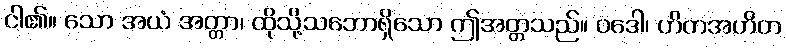
ငါ၏။ သော အယံ အတ္တာ၊ ထိုသို့သဘောရှိသော ဤအတ္တသည်။ ဝဒေါ၊ ဟိတအဟိတ